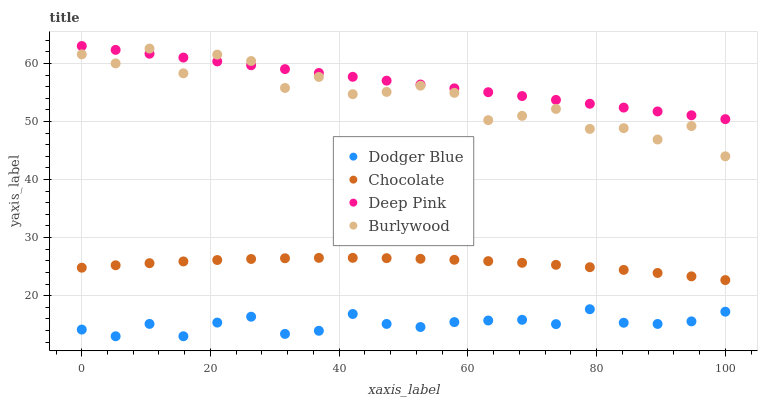
| xaxis_label | Dodger Blue | Chocolate | Deep Pink | Burlywood |
 | --- | --- | --- | --- | --- |
 | 0 | 14.2 | 24.8 | 63 | 61.6 |
 | 5.26 | 13 | 25.2 | 62.3 | 60 |
 | 10.5 | 15.1 | 25.6 | 61.7 | 62.6 |
 | 15.8 | 13 | 25.9 | 61 | 58.3 |
 | 21.1 | 15.4 | 26.1 | 60.3 | 61.5 |
 | 26.3 | 16.4 | 26.3 | 59.7 | 60.4 |
 | 31.6 | 13.4 | 26.4 | 59 | 55.8 |
 | 36.8 | 13.9 | 26.5 | 58.4 | 57.7 |
 | 42.1 | 16.8 | 26.5 | 57.7 | 54.7 |
 | 47.4 | 15.1 | 26.5 | 57 | 55.1 |
 | 52.6 | 14.6 | 26.3 | 56.4 | 56.2 |
 | 57.9 | 15.4 | 26.2 | 55.7 | 54.9 |
 | 63.2 | 15.7 | 25.9 | 55 | 50.2 |
 | 68.4 | 15.8 | 25.7 | 54.4 | 51 |
 | 73.7 | 15.1 | 25.3 | 53.7 | 52.2 |
 | 78.9 | 17.7 | 24.9 | 53.1 | 48.7 |
 | 84.2 | 15.3 | 24.4 | 52.4 | 48.9 |
 | 89.5 | 15.1 | 23.9 | 51.7 | 46.9 |
 | 94.7 | 15.6 | 23.3 | 51.1 | 49.2 |
 | 100 | 17.2 | 22.7 | 50.4 | 44 |